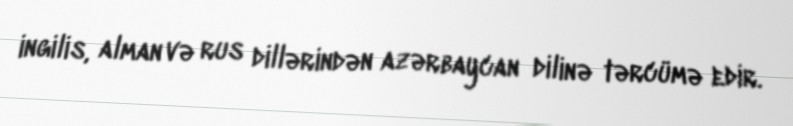
ingilis, alman və rus dillərindən azərbaycan dilinə tərcümə edir.